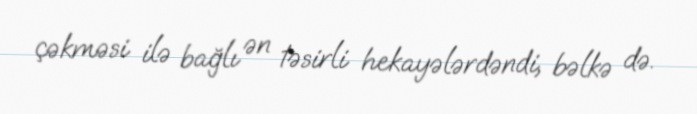
çəkməsi ilə bağlı ən təsirli hekayələrdəndi, bəlkə də.